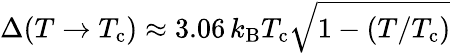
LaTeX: \Delta(T\to T_{\mathrm{{c}}})\approx 3.06\, k_{\mathrm{{B}}}T_{\mathrm{{c}}}{\sqrt{1-(T/T_{\mathrm{{c}}})}}